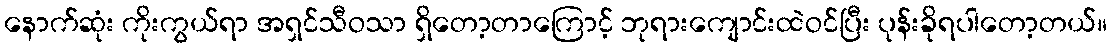
နောက်ဆုံး ကိုးကွယ်ရာ အရှင်သီဝသာ ရှိတော့တာကြောင့် ဘုရားကျောင်းထဲဝင်ပြီး ပုန်းခိုရပါတော့တယ်။